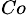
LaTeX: _{Co}